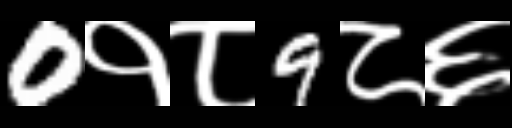
Text: 0१८9८६